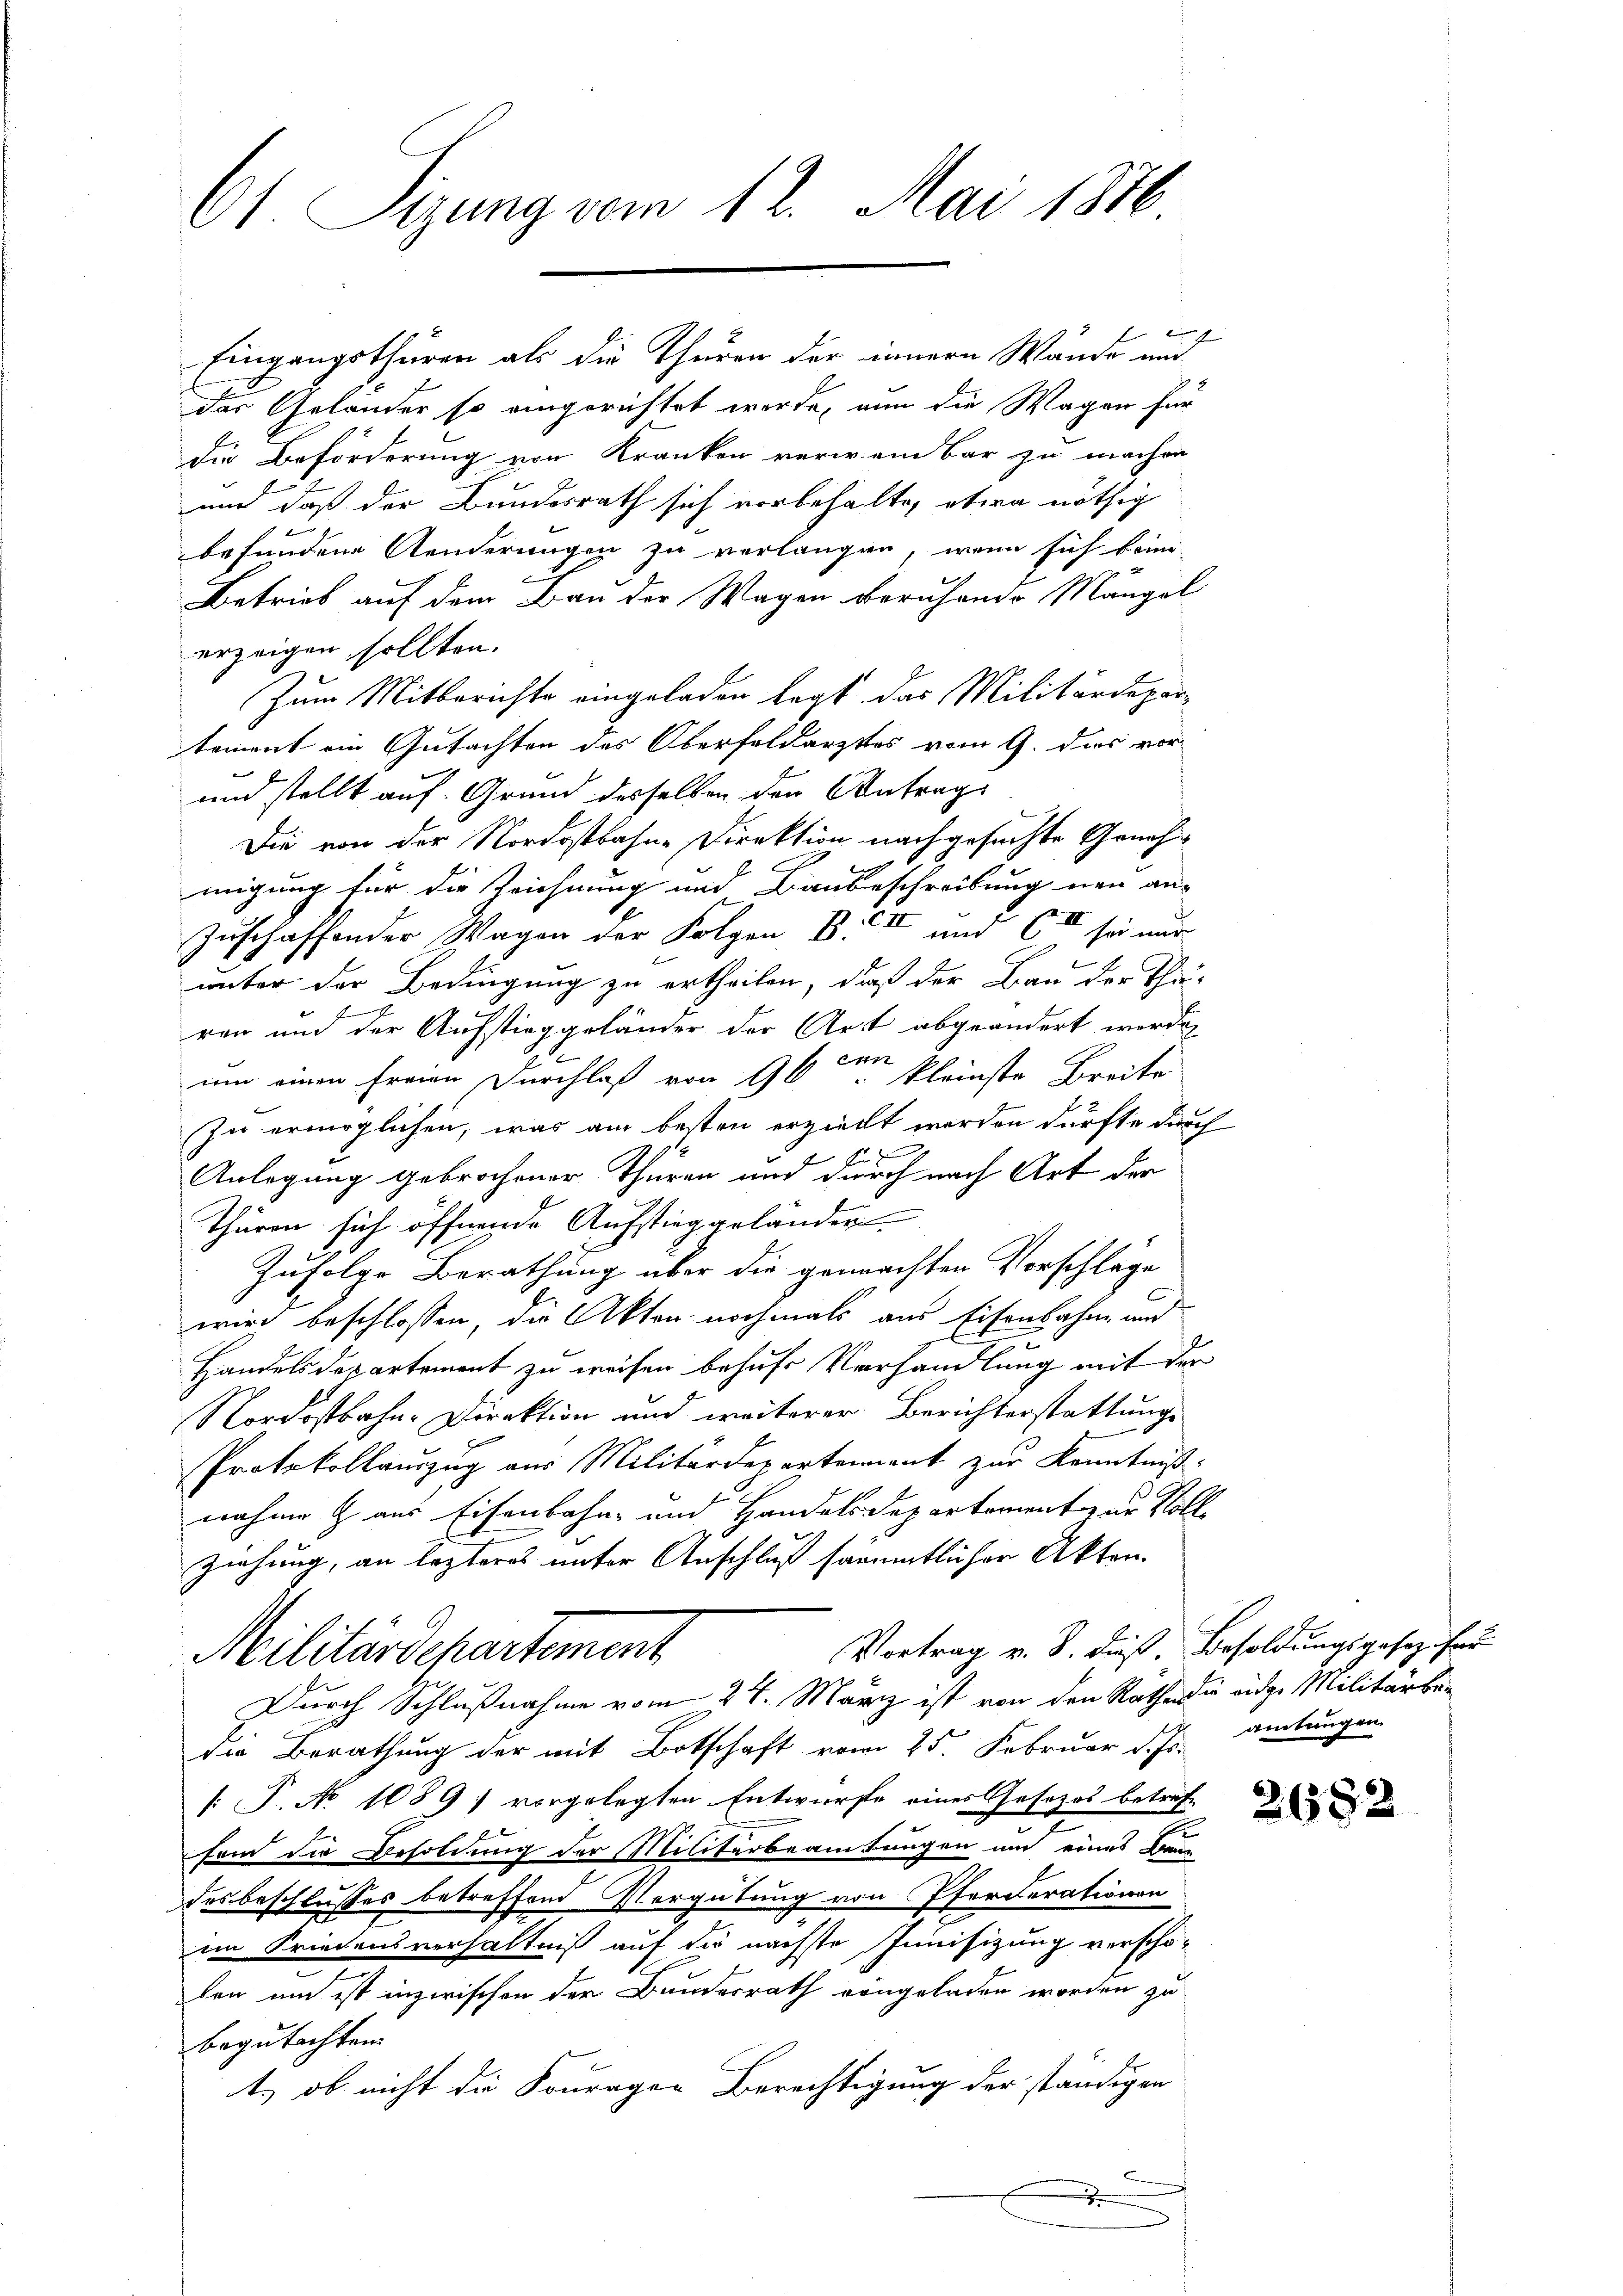
61 Sizung vom 12. Mai 1876

Eingangsthüren als die Thüren der innern Wände und
das Geländer so eingerichtet werde, nun die Wagen für
Die Beförderung von Kranken verwien Bar zu machen
und daß der Bundesrath sich vorbehalte, etwa nöthig
u
befundene Aenderungen zu verlangen, wenn sich keine
Betrieb auf dem Bau der Wagen beruhende Mangel
erzeigen sollten.
Zum Mitberichte eingeladen legt das Militärdepartament am Gutachten des Oberfeldarztes vom 9. das vor
und stellt auf Grund desselben den Antrags
Die von der Nordostbahn-Direktion nachgesuchte Geneh
migung für die Zeichnung und Baubeschreibung neu an-
zuschaffender Wagen der Folgen BC und 6 II sei nur
2
unter der Bedingung zu ertheilen, daß der Bau der Thä-
.
ren und der Aufstieg geländer der Art abgeändert werden
um einen freien Durchlaß von 16ten kleinste Breite
Zu ermöglichen, was am besten erzielt worden dürfte durch
Anlegung gebrochener Thüren und durch nach Art der
Thüren sich öffnende Aufstieggelander
Zufolge Berathung über die gemachten Vorschläge
wird beschlossen, die Akten nochmals aus Eisenbahn und
Handels departement zu weisen behufs Verhandlung mit der
Nordostbahn-Direktion und weiterer Berichterstattung
Protokollauszug aus Militärdepartement zur Kenntniß:
nahme aus Eisenbahn- und Handelsdepartement zur Volle
ziehung, an lezteres unter Anschluß sämmtlicher Akten.
Vortrag v. B. dieß. Besoldungsgesez für
Militärdepartement
Durch Schlußnahme vom 24. März ist von den Rathen die eidge Militärbedie Berathung der mit Botschaft vom 25. Februar d. Js. amtungen
: P. No 1089) vorgelegten Entwurfe eines Gesetzes betref-
fein die Besoldung der Militärbeamtungen und eines Braun
desbeschlusses betreffend Vergütung von Pferderationen
im Friedensverhältniß auf die nächste Junisizung verscho-
ben um ist inzwischen der Bundesrath vongeladen worden zu
begutachten
ts ob nicht die Fouragen Berechtigung der ständigen

A

2632